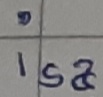
Text: isa